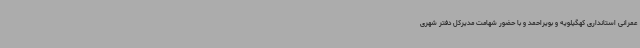
عمرانی استانداری کهگیلویه و بویراحمد و با حضور شهامت مدیرکل دفتر شهری